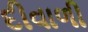
દીવાળી